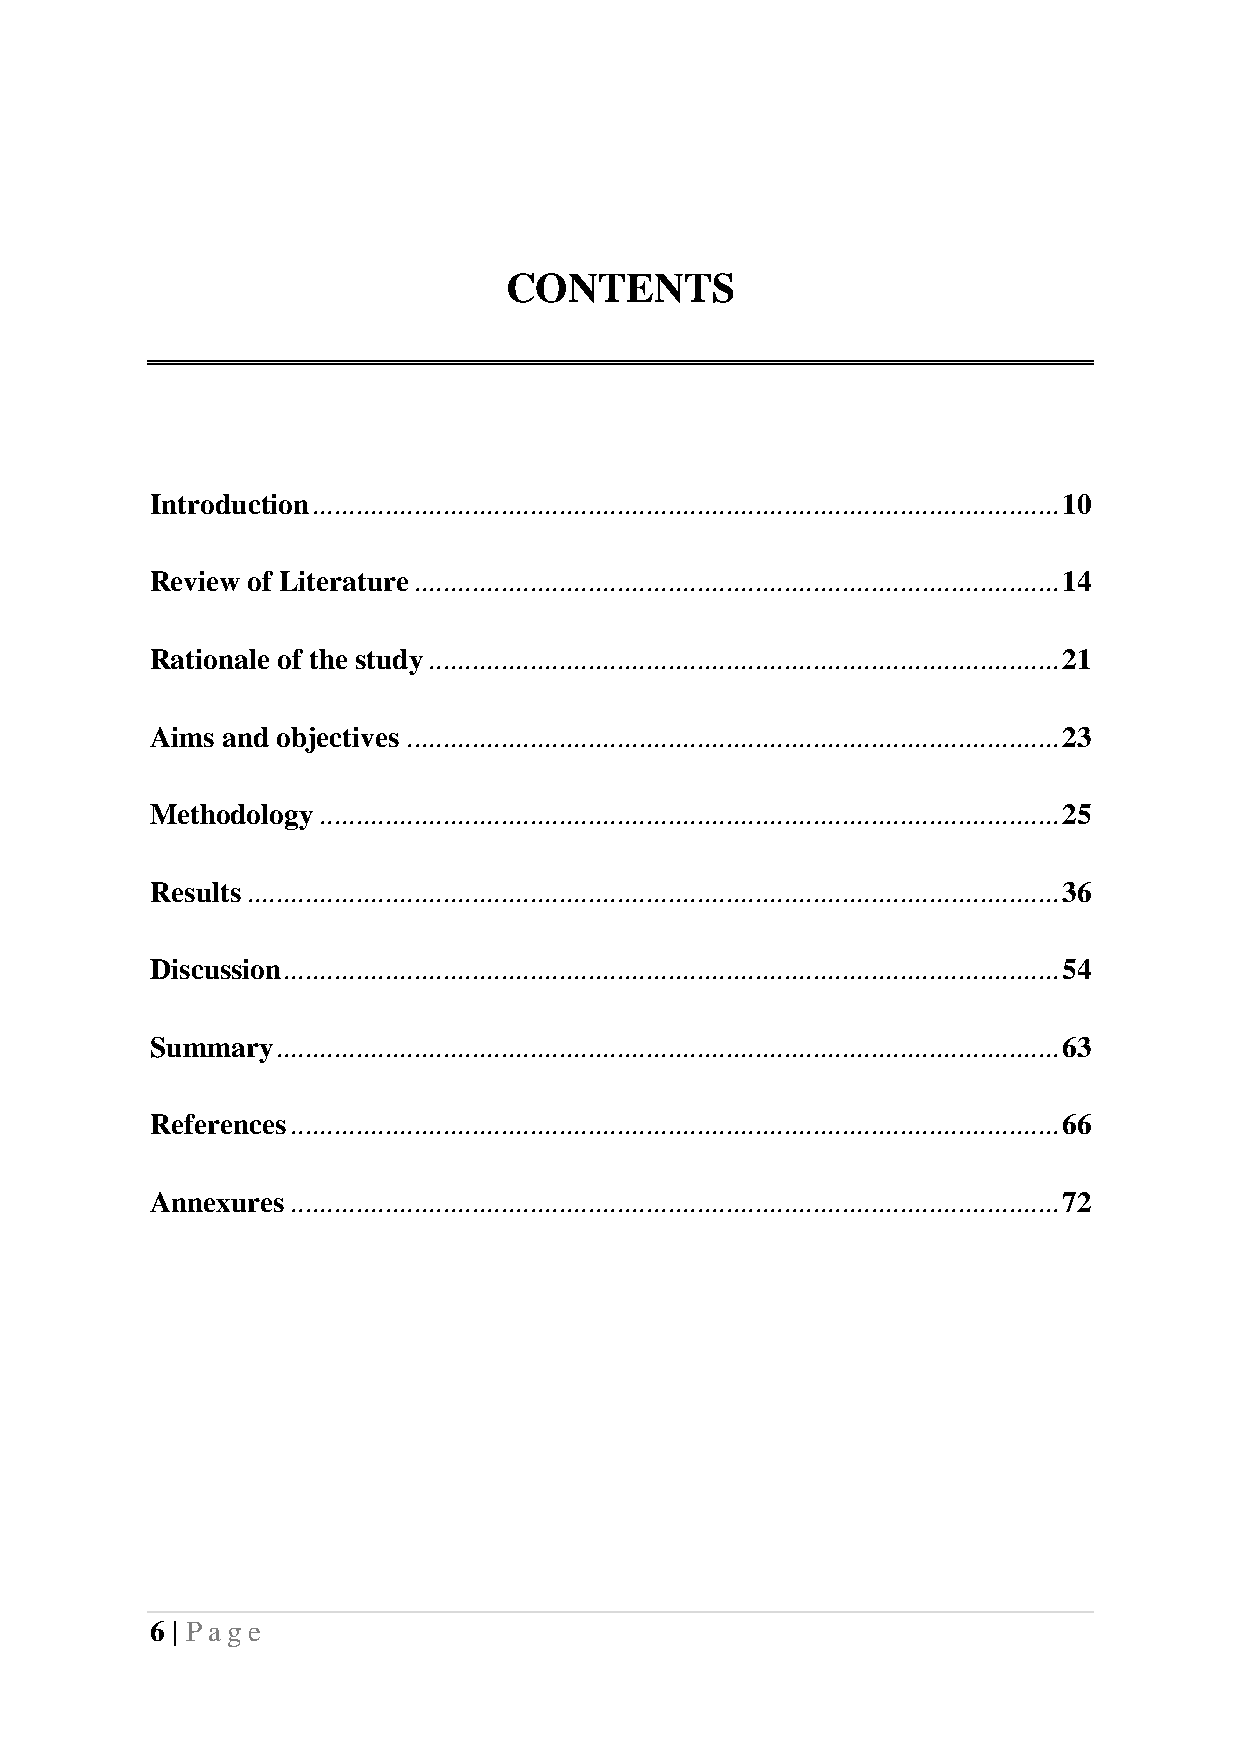
CONTENTS
 Introduction ....................................................................................................... 10
 Review of Literature ......................................................................................... 14
 Rationale of the study ....................................................................................... 21
 Aims and objectives .......................................................................................... 23
 Methodology ...................................................................................................... 25
 Results ................................................................................................................ 36
 Discussion ........................................................................................................... 54
 Summary ............................................................................................................ 63
 References .......................................................................................................... 66
 Annexures .......................................................................................................... 72
 6 | Pag e